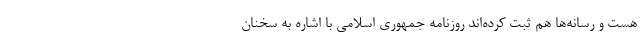
هست و رسانه‌ها هم ثبت کرده‌اند روزنامه جمهوری اسلامی با اشاره به سخنان